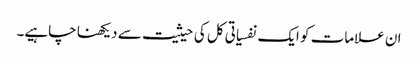
ان علامات کو ایک نفسیاتی کل کی حیثیت سے دیکھنا چاہیے۔